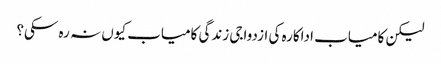
لیکن کامیاب اداکارہ کی ازدواجی زندگی کامیاب کیوں نہ رہ سکی؟